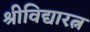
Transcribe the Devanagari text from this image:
श्रीविद्यारत्न